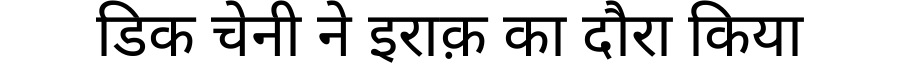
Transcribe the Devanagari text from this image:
डिक चेनी ने इराक़ का दौरा किया